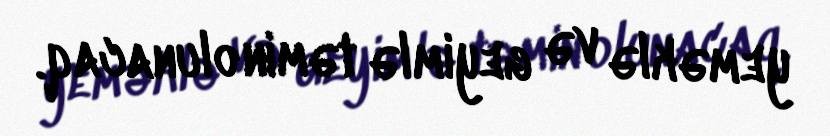
yeməklə və geyimlə təmin olunacaq.